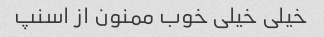
خیلی خیلی خوب ممنون از اسنپ